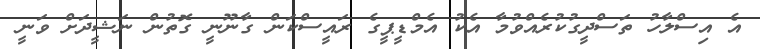
އެ އިސްލާހު ތަސްދީގުކުރެއްވުމާ އެކު އެމްޑީޕީގެ ރައީސްކަން ގާނޫނީ ގޮތުން ނަޝީދަށް ވަނީ